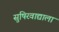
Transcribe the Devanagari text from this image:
सुषिरवाद्याला